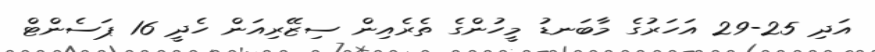
އަދި 25-29 އަހަރުގެ މާބަނޑު މީހުންގެ ތެރެއިން ސިޒޭރިއަން ހެދީ 16 ޕަސެންޓް